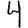
Digit: 4